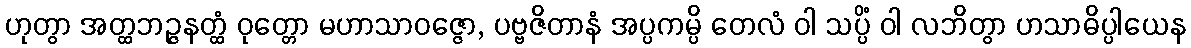
ဟုတွာ အတ္ထဘဉ္ဇနတ္ထံ ဝုတ္တော မဟာသာဝဇ္ဇော, ပဗ္ဗဇိတာနံ အပ္ပကမ္ပိ တေလံ ဝါ သပ္ပိံ ဝါ လဘိတွာ ဟသာဓိပ္ပါယေန